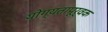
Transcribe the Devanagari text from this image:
योग्‍यतापूर्वक